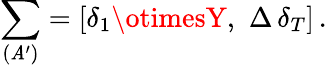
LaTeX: \sum_{(\mathit{A}^{\prime})}=[\delta_{1}\otimesY,\, \, \Delta\, \delta_{T}]\, .